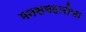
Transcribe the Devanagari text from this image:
मनसबदारीचा